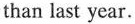
than last year.